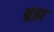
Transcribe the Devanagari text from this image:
ब्र्रह्म